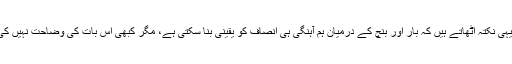
چیف جسٹس صاحبان بھی جب خطاب کرتے ہیں تو یہی نکتہ اٹھاتے ہیں کہ بار اور بنچ کے درمیان ہم آہنگی ہی انصاف کو یقینی بنا سکتی ہے، مگر کبھی اس بات کی وضاحت نہیں کی جاتی کہ یہ ہم آہنگی کس نوعیت کی ہونی چاہئے ؟